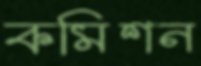
কমিশন